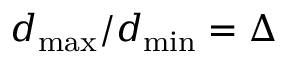
d _ { \operatorname* { m a x } } / d _ { \operatorname* { m i n } } = \Delta